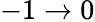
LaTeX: -1\rightarrow 0